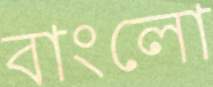
বাংলো